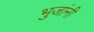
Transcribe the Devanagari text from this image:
भुजांनी